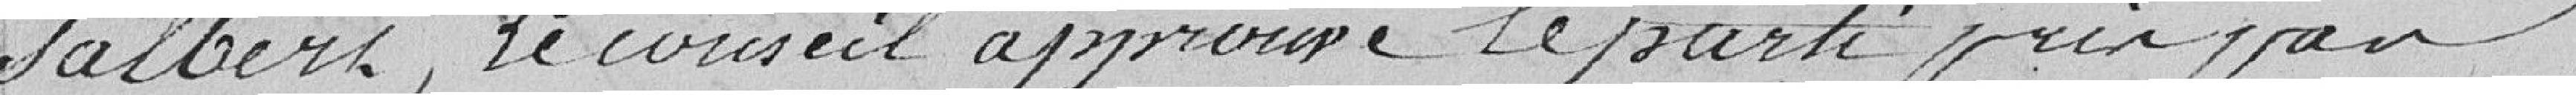
Salbert, le Conseil approuve le parti pris par